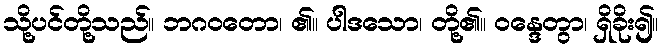
သို့ပင်တို့သည်။ ဘဂဝတော၊ ၏။ ပါဒသော၊ တို့၏။ ဝန္ဒေတွာ၊ ရှိခိုး၍။